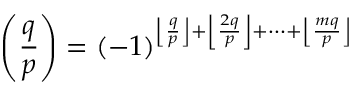
\left( { \frac { q } { p } } \right) = ( - 1 ) ^ { \left\lfloor { \frac { q } { p } } \right\rfloor + \left\lfloor { \frac { 2 q } { p } } \right\rfloor + \dots + \left\lfloor { \frac { m q } { p } } \right\rfloor }